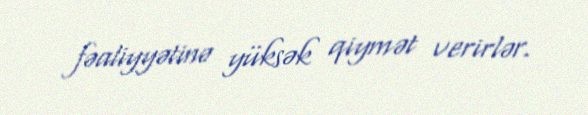
fəaliyyətinə yüksək qiymət verirlər.